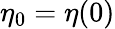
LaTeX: \eta_{0}=\eta(0)